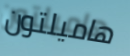
هاميلتون